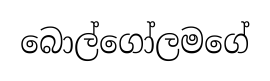
බොල්ගෝලමගේ